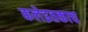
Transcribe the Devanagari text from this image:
कलेइतकाच